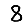
Digit: 8